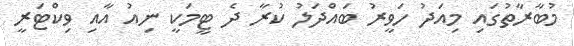
މުބާރާތުގައި މިއަދު ހަވީރު ބައްދަލު ކުރާ ދެ ޓީމަކީ ނިއު އާއި ވިކްޓަރީ